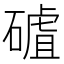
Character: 𥕑